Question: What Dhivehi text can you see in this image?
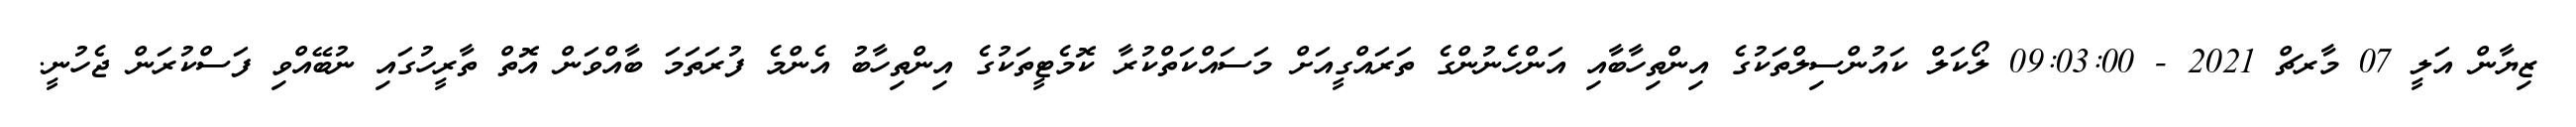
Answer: ޒިޔާން އަލީ 07 މާރޗް 2021 - 09:03:00 ލޯކަލް ކައުންސިލްތަކުގެ އިންތިހާބާއި އަންހެނުންގެ ތަރައްގީއަށް މަސައްކަތްކުރާ ކޮމެޓީތަކުގެ އިންތިހާބު އެންމެ ފުރަތަމަ ބާއްވަން އޮތް ތާރީހުގައި ނުބޭއްވި ފަސްކުރަން ޖެހުނީ.